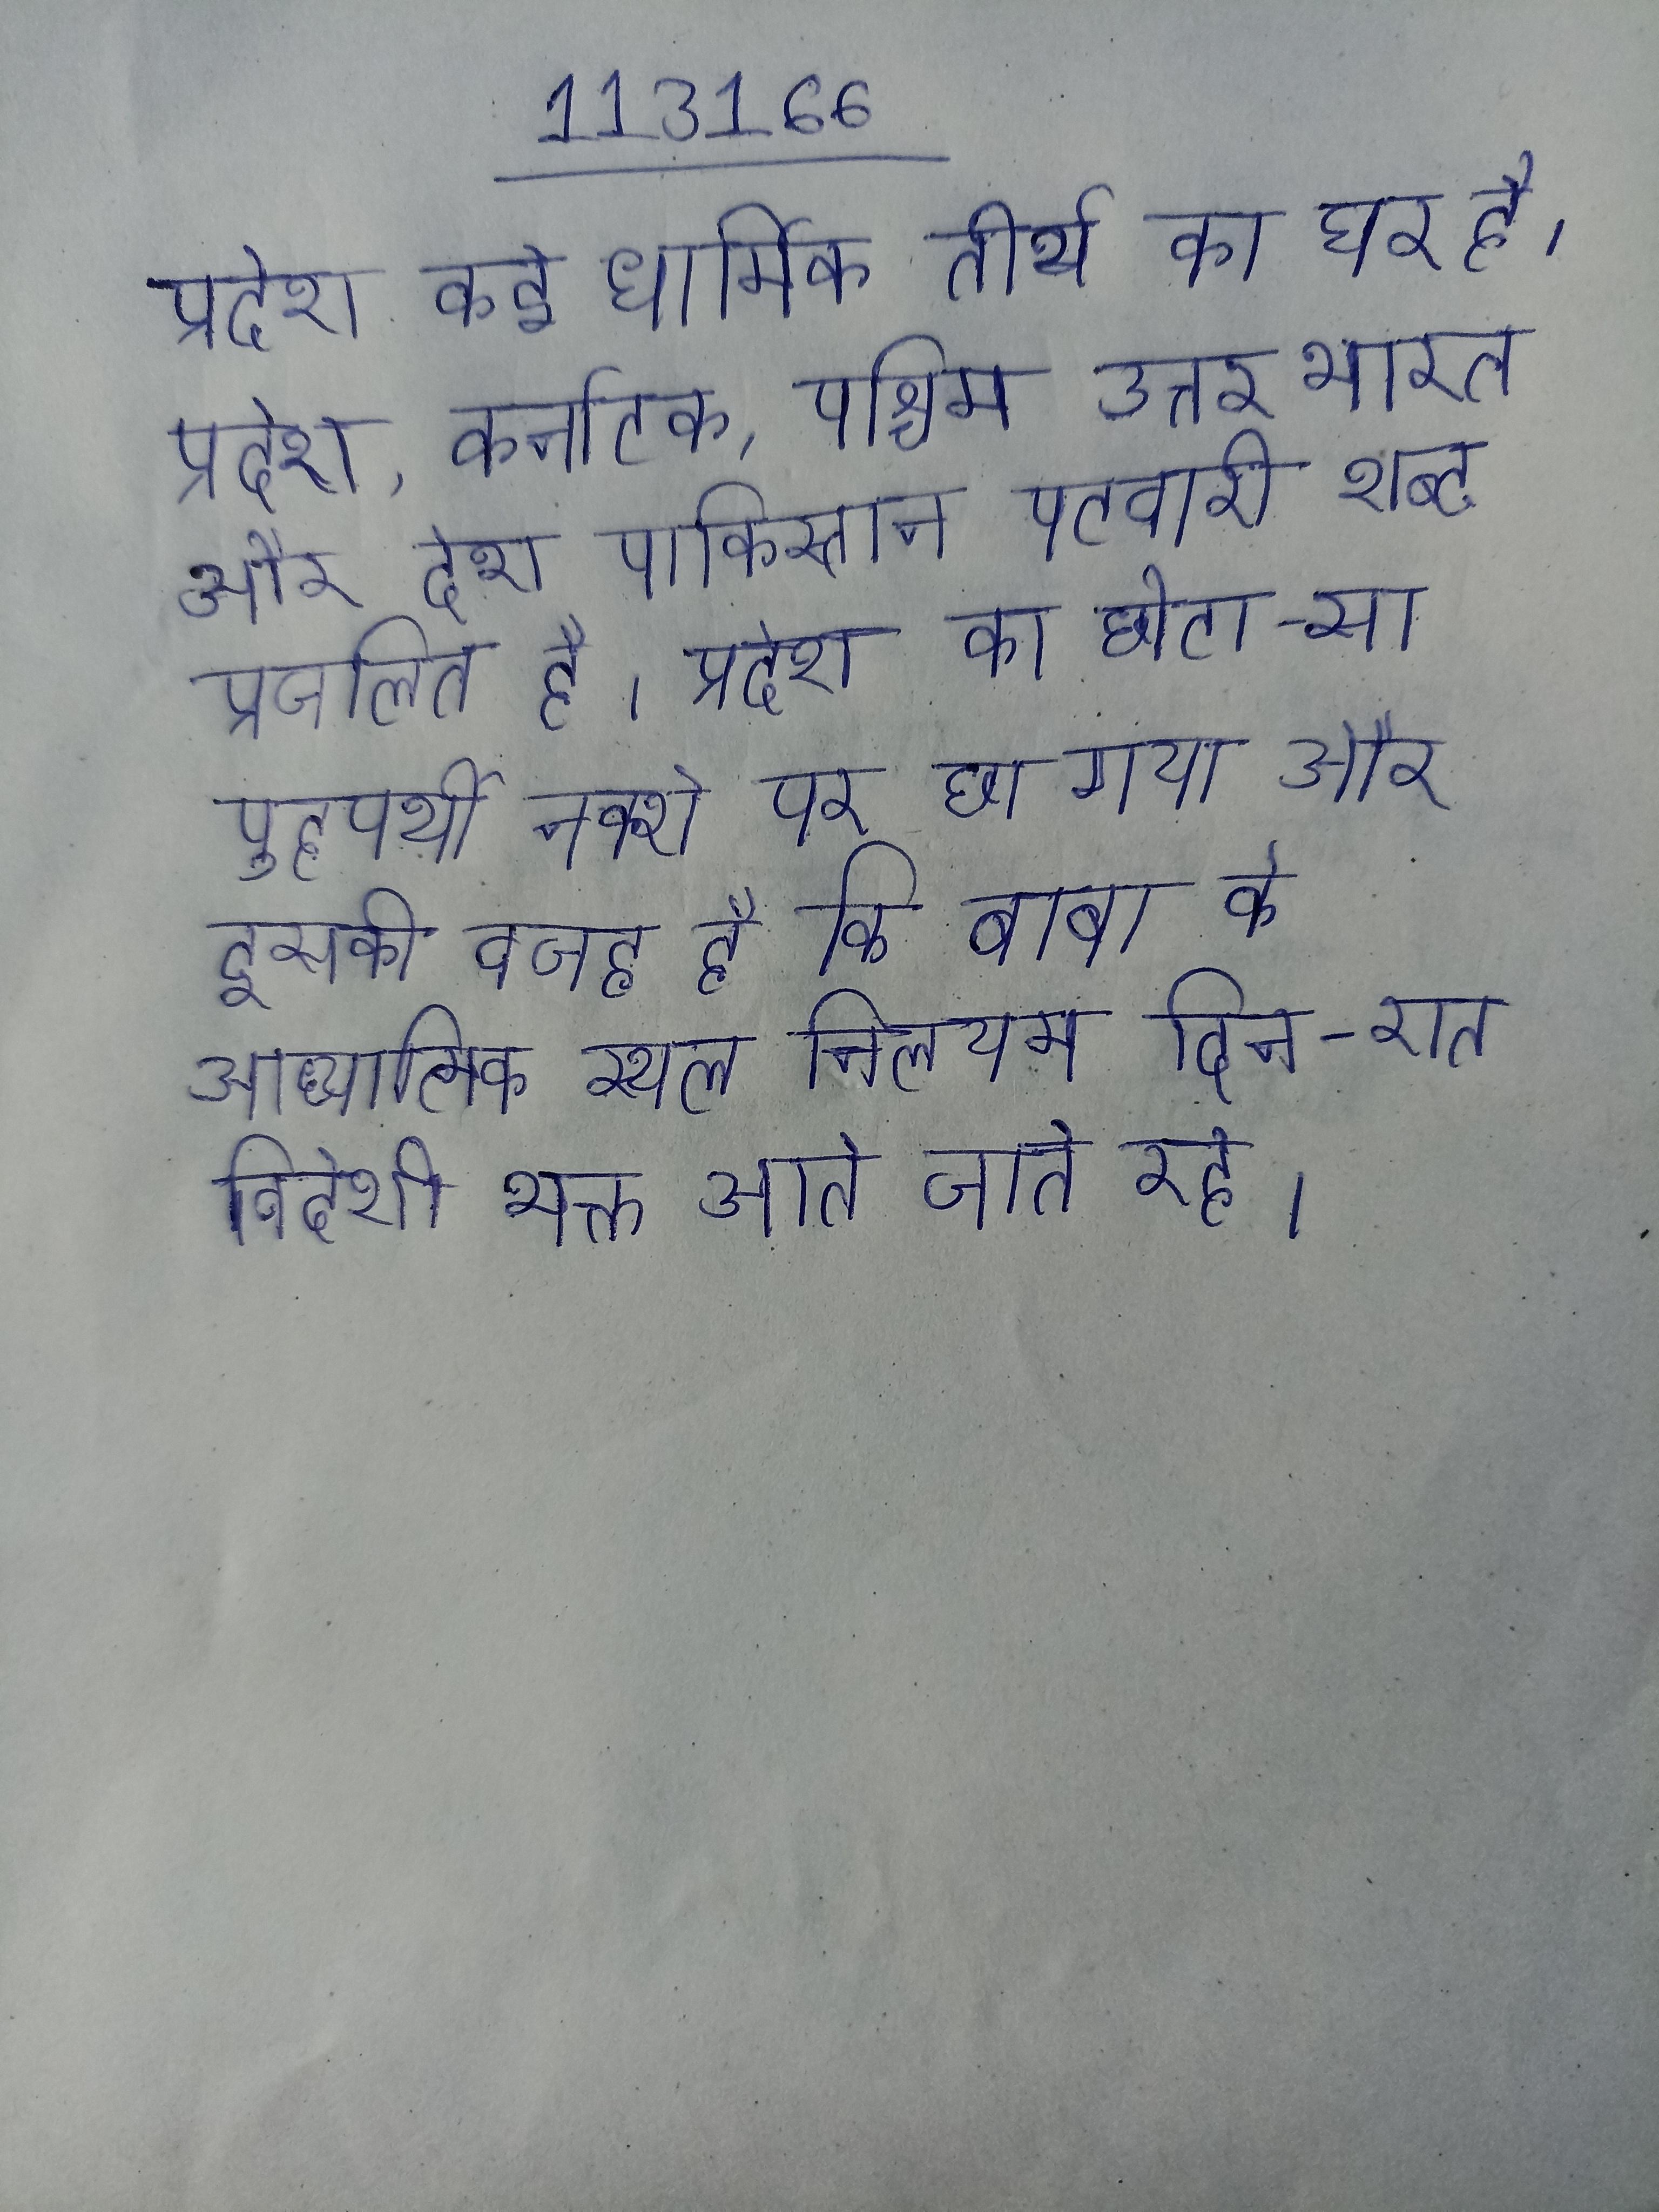
प्रदेश कई धार्मिक तीर्थ का घर है । प्रदेश, कर्नाटक, पश्चिम उत्तर भारत और देश पाकिस्तान पटवारी शब्द प्रचलित है । प्रदेश का छोटा-सा पुट्टपर्थी नक्शे पर छा गया और इसकी वजह है कि बाबा के आध्यात्मिक स्थल निलयम दिन-रात विदेशी भक्त आते जाते रहे ।